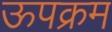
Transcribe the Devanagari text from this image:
ऊपक्रम